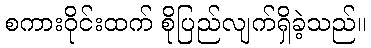
စကားဝိုင်းထက် စိုပြည်လျက်ရှိခဲ့သည်။